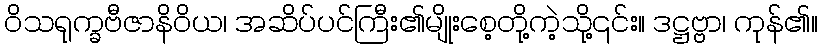
ဝိသရုက္ခဗီဇာနိဝိယ၊ အဆိပ်ပင်ကြီး၏မျိုးစေ့တို့ကဲ့သို့၎င်း။ ဒဋ္ဌဗ္ဗာ၊ ကုန်၏။